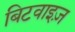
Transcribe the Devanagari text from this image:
बिटवाइज़